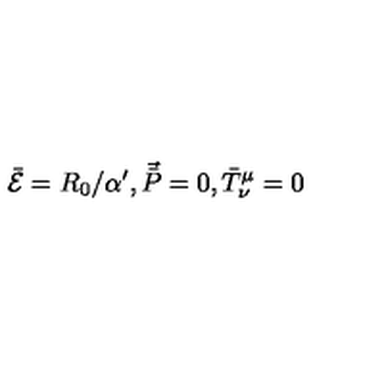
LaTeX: \bar { { \cal { E } } } = R _ { 0 } / \alpha ^ { \prime } , \vec { \bar { P } } = 0 , \bar { T } ^ { \mu } _ { \nu } = 0